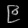
Digit: ၉